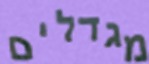
מגדלים